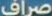
صراف